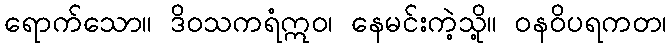
ရောက်သော။ ဒိဝသကရံဣဝ၊ နေမင်းကဲ့သို့။ ဝနဝိပရကတ၊